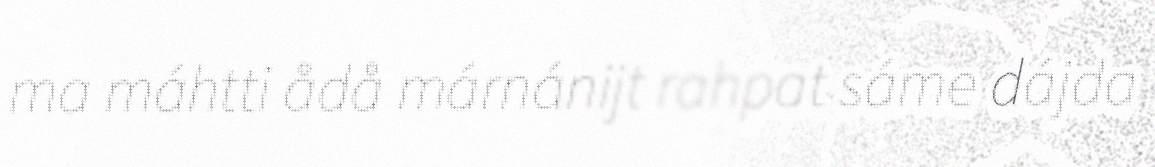
ma máhtti ådå márnánijt rahpat sáme dájda